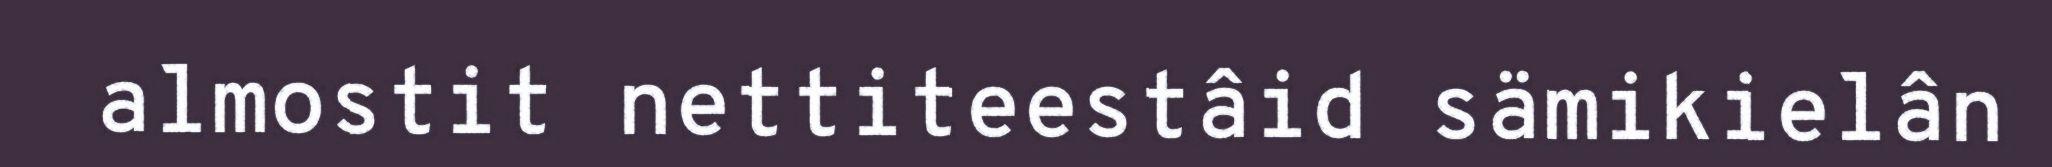
almostit nettiteestâid sämikielân